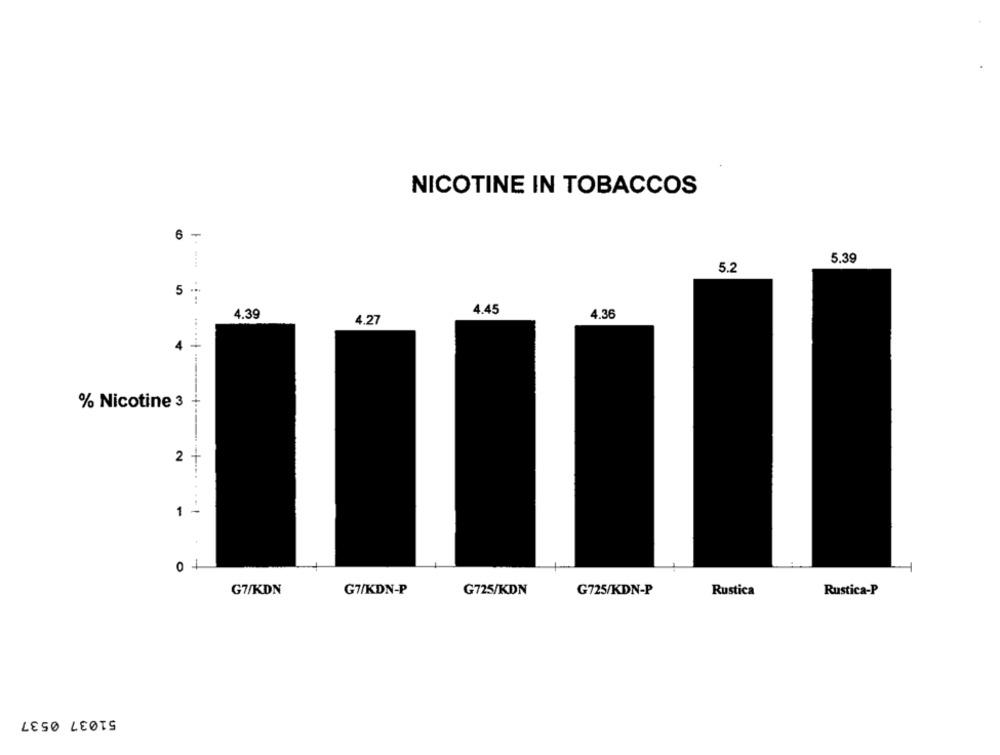
NICOTINE IN TOBACCOS
6
5.39
5.2
5 **
4.39
4.45
4.36
4.27
4
% Nicotine 3
2
1 -
0
G7/KDN
G7/KDN-P
G725/KDN
G725/KDN-P
Rustica
Rustica-P
51037 0537